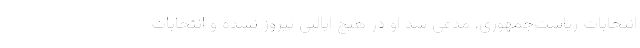
انتخابات ریاست‌جمهوری، مدعی شد او در هیچ ایالتی پیروز نشده و انتخابات